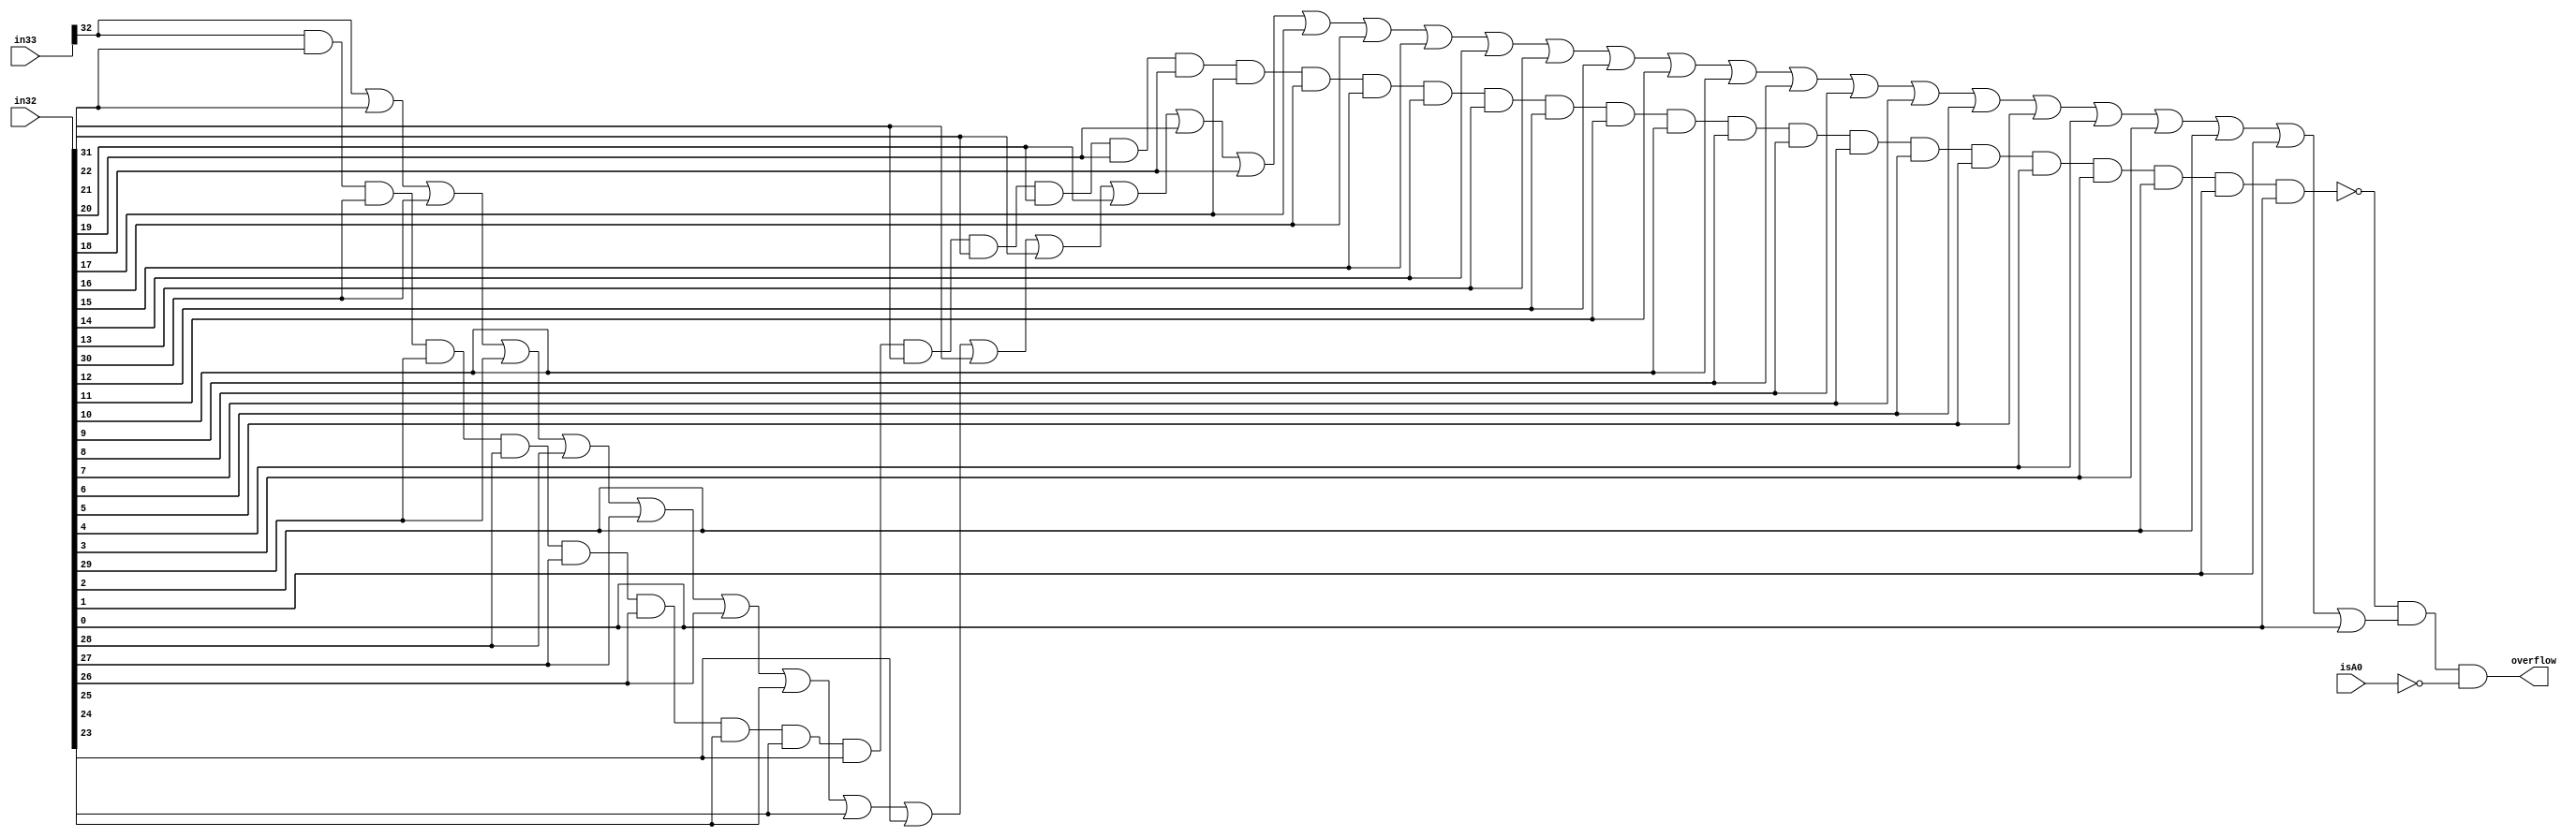
module detectOverflow(isA0, in33, in32, overflow);
	input [32:0] in33;
	input [31:0] in32;
	input isA0;
	output overflow;
	
	wire w1, w2, w3;
	nand big_nand(w1, in33[32], in32[31], in32[30], in32[29], in32[28], in32[27], in32[26], in32[25], in32[24], in32[23], in32[22], in32[21], in32[20], in32[19], in32[18], in32[17], in32[16], in32[15], in32[14], in32[13], in32[12], in32[11], in32[10], in32[9], in32[8], in32[7], in32[6], in32[5], in32[4], in32[3], in32[2], in32[1], in32[0]);
	or big_or(w2, in33[32], in32[31], in32[30], in32[29], in32[28], in32[27], in32[26], in32[25], in32[24], in32[23], in32[22], in32[21], in32[20], in32[19], in32[18], in32[17], in32[16], in32[15], in32[14], in32[13], in32[12], in32[11], in32[10], in32[9], in32[8], in32[7], in32[6], in32[5], in32[4], in32[3], in32[2], in32[1], in32[0]);
	not AisNot0(w3, isA0);
	and overflowand(overflow, w1, w2, w3);
endmodule